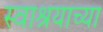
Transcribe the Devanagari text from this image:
स्वाश्रयाच्या